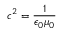
c ^ { 2 } = { \frac { 1 } { \epsilon _ { 0 } \mu _ { 0 } } }